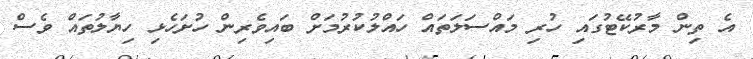
އެ ތިން މާރުކޭޓުގައި ހުރި މައްސަލަތައް ހައްލުކުރުމަށް ބައިވެރިން ހުށަހެޅި ހިޔާލުތައް ވެސް